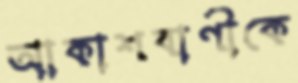
আকাশবাণীকে